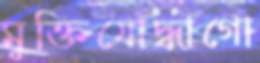
মুক্তিযোদ্ধাগো